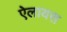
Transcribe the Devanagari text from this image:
ऐलायस